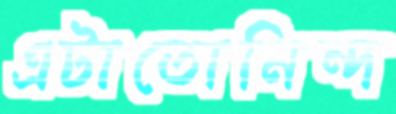
এটাতোনিন্দ